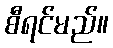
စီရင်မည်။